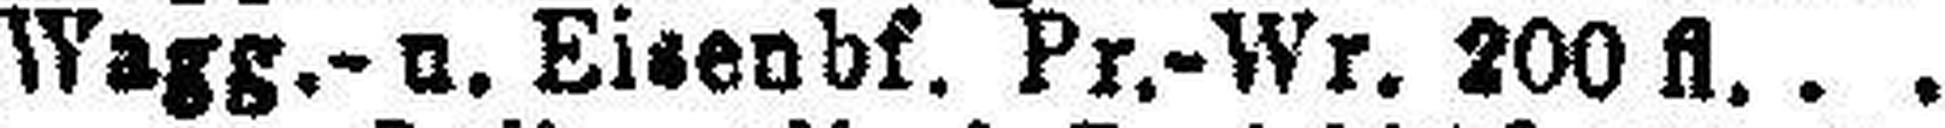
Wagg.- u. Eisenbf. Pr.-Wr. 200 fl.